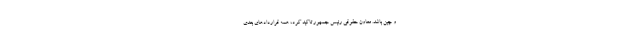
و چین باشد. معاون حقوقی رئیس جمهور تاکید کرد، همه قراردادهای بعدی